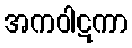
အကဝါဋကာ